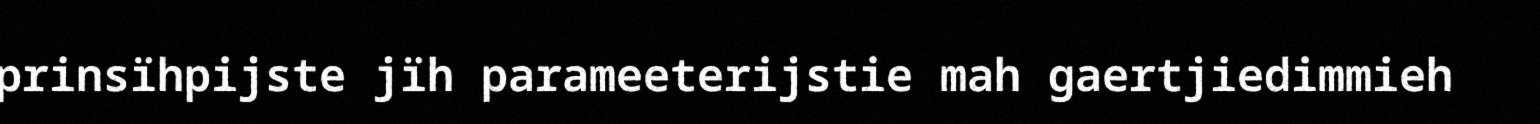
prinsïhpijste jïh parameeterijstie mah gaertjiedimmieh